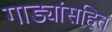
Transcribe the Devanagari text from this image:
गाड्यांसहित